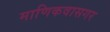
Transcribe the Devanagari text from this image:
माणिकवासगर